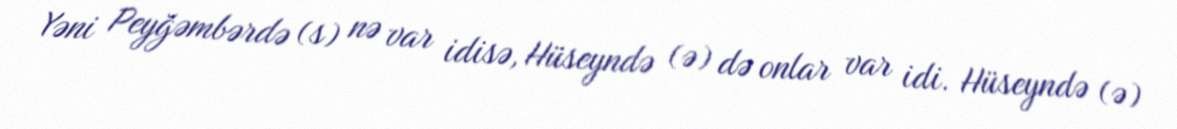
Yəni Peyğəmbərdə (s) nə var idisə, Hüseyndə (ə) də onlar var idi. Hüseyndə (ə)